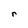
Character: r